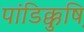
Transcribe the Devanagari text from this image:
पांडिक्कुष़ि